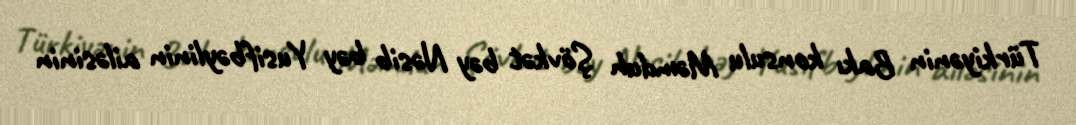
Türkiyənin Bakı konsulu Məmduh Şövkət bəy Nəsib bəy Yusifbəylinin ailəsinin